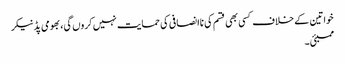
خواتین کے خلاف کسی بھی قسم کی ناانصافی کی حمایت نہیں کروں گی، بھومی پڈنیکر
ممبئی ۔